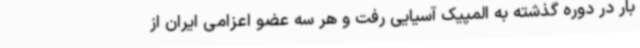
بار در دوره گذشته به المپیک آسیایی رفت و هر سه عضو اعزامی ایران از